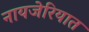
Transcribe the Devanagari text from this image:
नायजेरियात